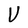
Character: V